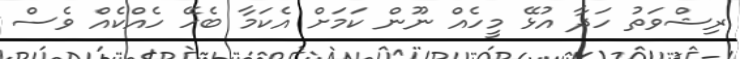
ރިޝްވަތު ހަދާ އުޅޭ މީހެއް ނޫން ކަމަށް އެކަމާ ބެހޭ ހެއްކެއް ވެސް